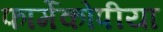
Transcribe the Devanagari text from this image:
फार्मेकोपीया